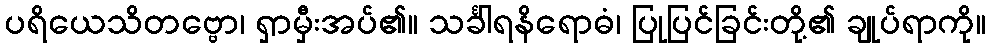
ပရိယေသိတဗ္ဗော၊ ရှာမှီးအပ်၏။ သင်္ခါရနိရောဓံ၊ ပြုပြင်ခြင်းတို့၏ ချုပ်ရာကို။